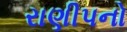
રાણીપનો